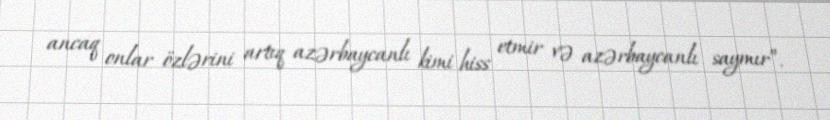
ancaq onlar özlərini artıq azərbaycanlı kimi hiss etmir və azərbaycanlı saymır”.